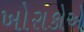
ખોરાકોએ